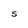
Character: S